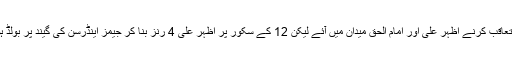
ہدف کاتعاقب کرنے اظہر علی اور امام الحق میدان میں آئے لیکن 12 کے سکور پر اظہر علی 4 رنز بنا کر جیمز اینڈرسن کی گیند پر بولڈ ہو گئے۔